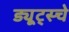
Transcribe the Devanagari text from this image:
ड्यूट्स्चे